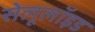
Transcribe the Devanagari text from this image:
सेलूलॉइड